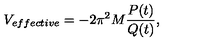
V _ { e f f e c t i v e } = - 2 \pi ^ { 2 } M \frac { P ( t ) } { Q ( t ) } ,